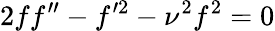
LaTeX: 2ff^{\prime\prime}-f^{\prime 2}-\nu^{2}f^{2}=0